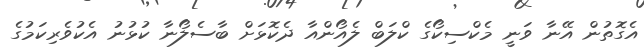
އެގޮތުން އޭނާ ވަނީ މެކްސިކޯގެ ކްލަބް ލެއޯންއާ ދެކޮޅަށް ބާސެލޯނާ ކުޅުނު އެކުވެރިކަމުގެ